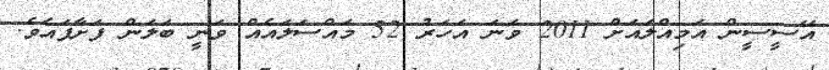
އޭސީސީން އަމިއްލައަށް 2011 ވަނަ އަހަރު 52 މައްސަލައެއް ވަނީ ބަލަން ފަށާފައެވެ.